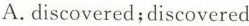
A. discovered;discovered